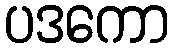
ပဒကော